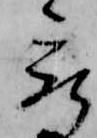
被